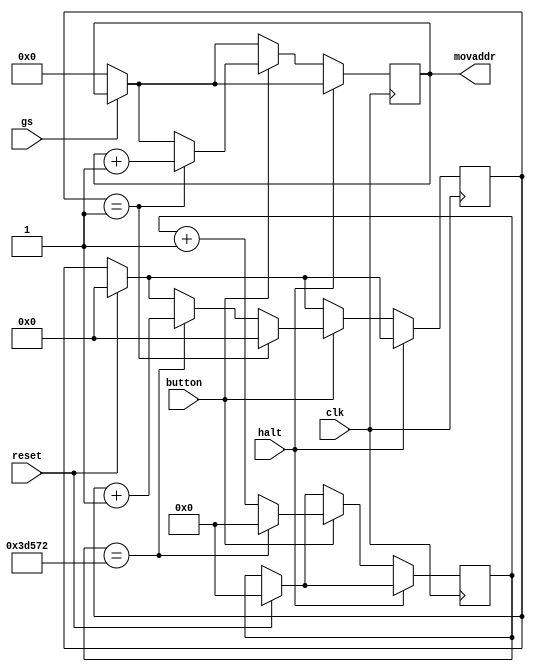
`timescale 1ns / 1ps

//This script is responsible for generating the movement of the dinosaur.

module movement(
    input clk,button,halt,reset,gs,
    output reg [9:0] movaddr
    );
    
    //Initialize internal regs
    reg [17:0] millisecond; //register for milliseconds
    reg [8:0] second; //register for one second
    
    initial begin
        millisecond <= 0; //initialize both to zero
        second <= 0;
    end
    
    //Main block
    always@(posedge clk)begin
        if (gs == 0) //resets the dino to starting position when game state is zero (game start)
            movaddr <= 0;
        if(reset == 1)begin //if reset is pushed, reset the counters for seconds and milliseconds
            millisecond <= 0;
            second <= 0;
        end
        if(halt == 0)begin //if the dino does not collide
            if(button == 1)begin //if the input button is being pushed, begin the counter
                millisecond <= millisecond + 1;
                if(millisecond == 251250)begin //increments seconds every 251250 milliseconds
                    millisecond <= 0;
                    second <= second + 1;
                end
                if(second == 1)begin //when seconds equals 1, resets seconds and increments the movaddr
                    second <= 0;
                    
                    movaddr <= movaddr + 1; 
                end
            end
        end
    end //end of main block
    
 
endmodule